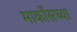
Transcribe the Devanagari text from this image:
मार्कोसच्या